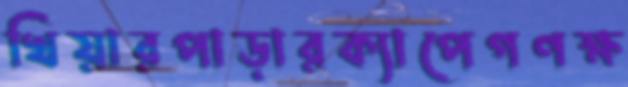
খিয়ারপাড়ারক্যাপেগণক্ষ